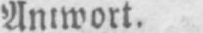
Antwort.